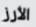
الأرز